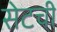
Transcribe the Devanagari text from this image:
सेटची